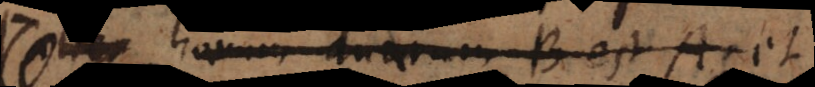
harum duarum B est A et